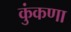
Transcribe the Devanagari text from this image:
कुंकणा